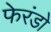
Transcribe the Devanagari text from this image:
फेरंडो